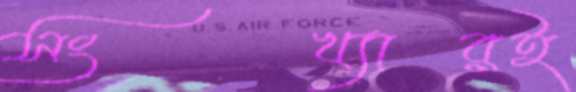
সংখ্যারই